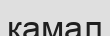
камал